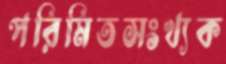
পরিমিতসংখ্যক